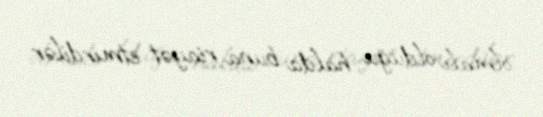
olmalı olduğu halda buna riayət etmirdilər.